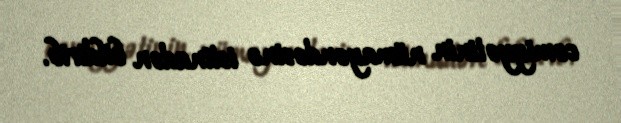
cəmiyyətinin nümayəndəsinə istinadən bildirib.